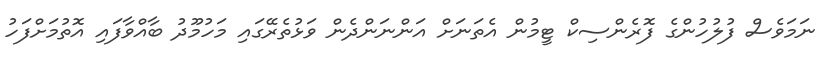
ނަމަވެސް ފުލުހުންގެ ފޮރެންސިކް ޓީމުން އެތަނަށް އަންނަންދެން ވަޅުތެރޭގައި މަހުމޫދު ބާއްވާފައި އޮތުމަށްފަހު